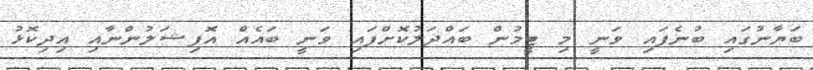
ބަޔާނުގައި ބުނެފައި ވަނީ މި ޓީމުން ބައްދަލުކޮށްފައި ވަނީ ބައެއް އޮފިޝަލުންނާއި އިދިކޮޅު